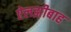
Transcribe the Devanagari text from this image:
ऐलझ़ीबाह